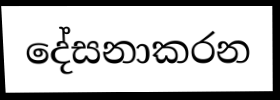
දේසනාකරන